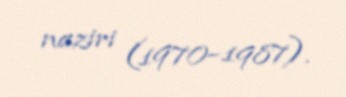
naziri (1970–1987).